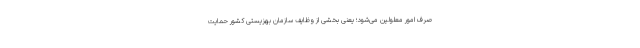
صرف امور معلولین می‌شود؛ یعنی بخشی از وظایف سازمان بهزیستی کشور حمایت